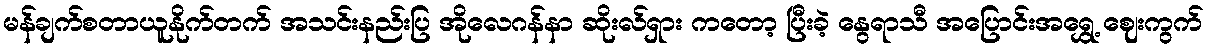
မန်ချက်စတာယူနိုက်တက် အသင်းနည်းပြ အိုလေဂန်နာ ဆိုးလ်ရှား ကတော့ ပြီးခဲ့ နွေရာသီ အပြောင်းအရွှေ့ ဈေးကွက်